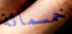
خمسمائة